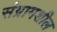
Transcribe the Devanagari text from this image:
संग्रामशील